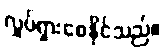
လှုပ်ရှားစေနိုင်သည်။